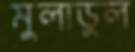
মুলাডুল